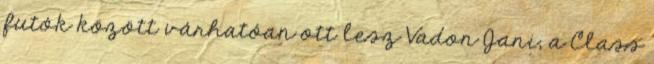
futók között várhatóan ott lesz Vadon Jani, a Class